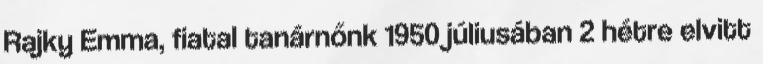
Rajky Emma, fiatal tanárnőnk 1950 júliusában 2 hétre elvitt